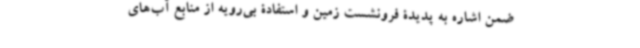
ضمن اشاره به پدیدۀ فرونشست زمین و استفادۀ بی‌رویه از منابع آب‌های